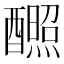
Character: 𬪸